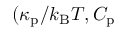
( \kappa _ { \mathrm { p } } / k _ { \mathrm { B } } T , C _ { \mathrm { p } }